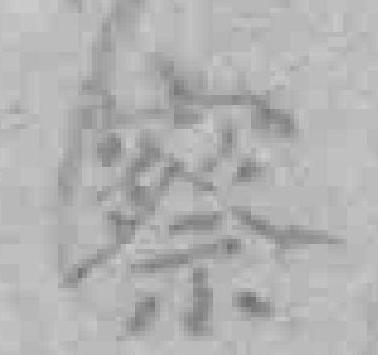
察